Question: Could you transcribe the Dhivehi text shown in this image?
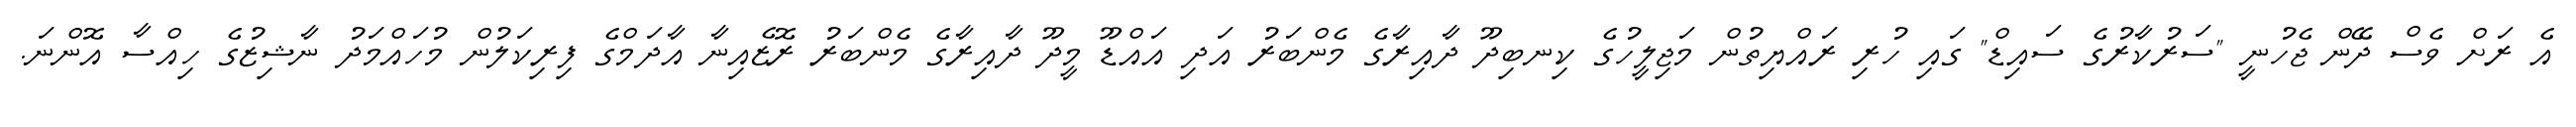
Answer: އެ ރަށް ވެސް ދޭން ޖެހުނީ "ސަރުކާރުގެ ސައިޑް" ގައި ހުރި ރައްޔިތުން މަޖިލީހުގެ ކިނބިދޫ ދާއިރާގެ މެންބަރު އަދި އައްޑޫ މީދޫ ދާއިރާގެ މެންބަރު ރޮޒެއިނާ އާދަމްގެ ފިރިކަލުން މުހައްމަދު ނާޝިޒުގެ ހިއްސާ އޮންނަ.